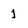
Character: 1